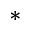
^ { \ast }